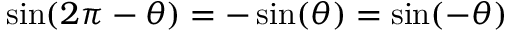
\sin ( 2 \pi - \theta ) = - \sin ( \theta ) = \sin ( - \theta )